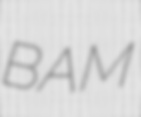
BAM